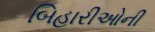
બિહારીઓની